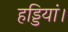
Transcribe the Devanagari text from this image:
हड्डियां।